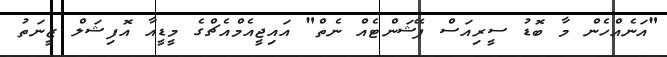
"އަނެއްހެން މާ ބޮޑު ސީރިއަސް ޕޭޝަންޓެއް ނެތް" އައިޖީއެމްއެޗްގެ މީޑީއާ އޮފިޝަލް ޒީނަތު